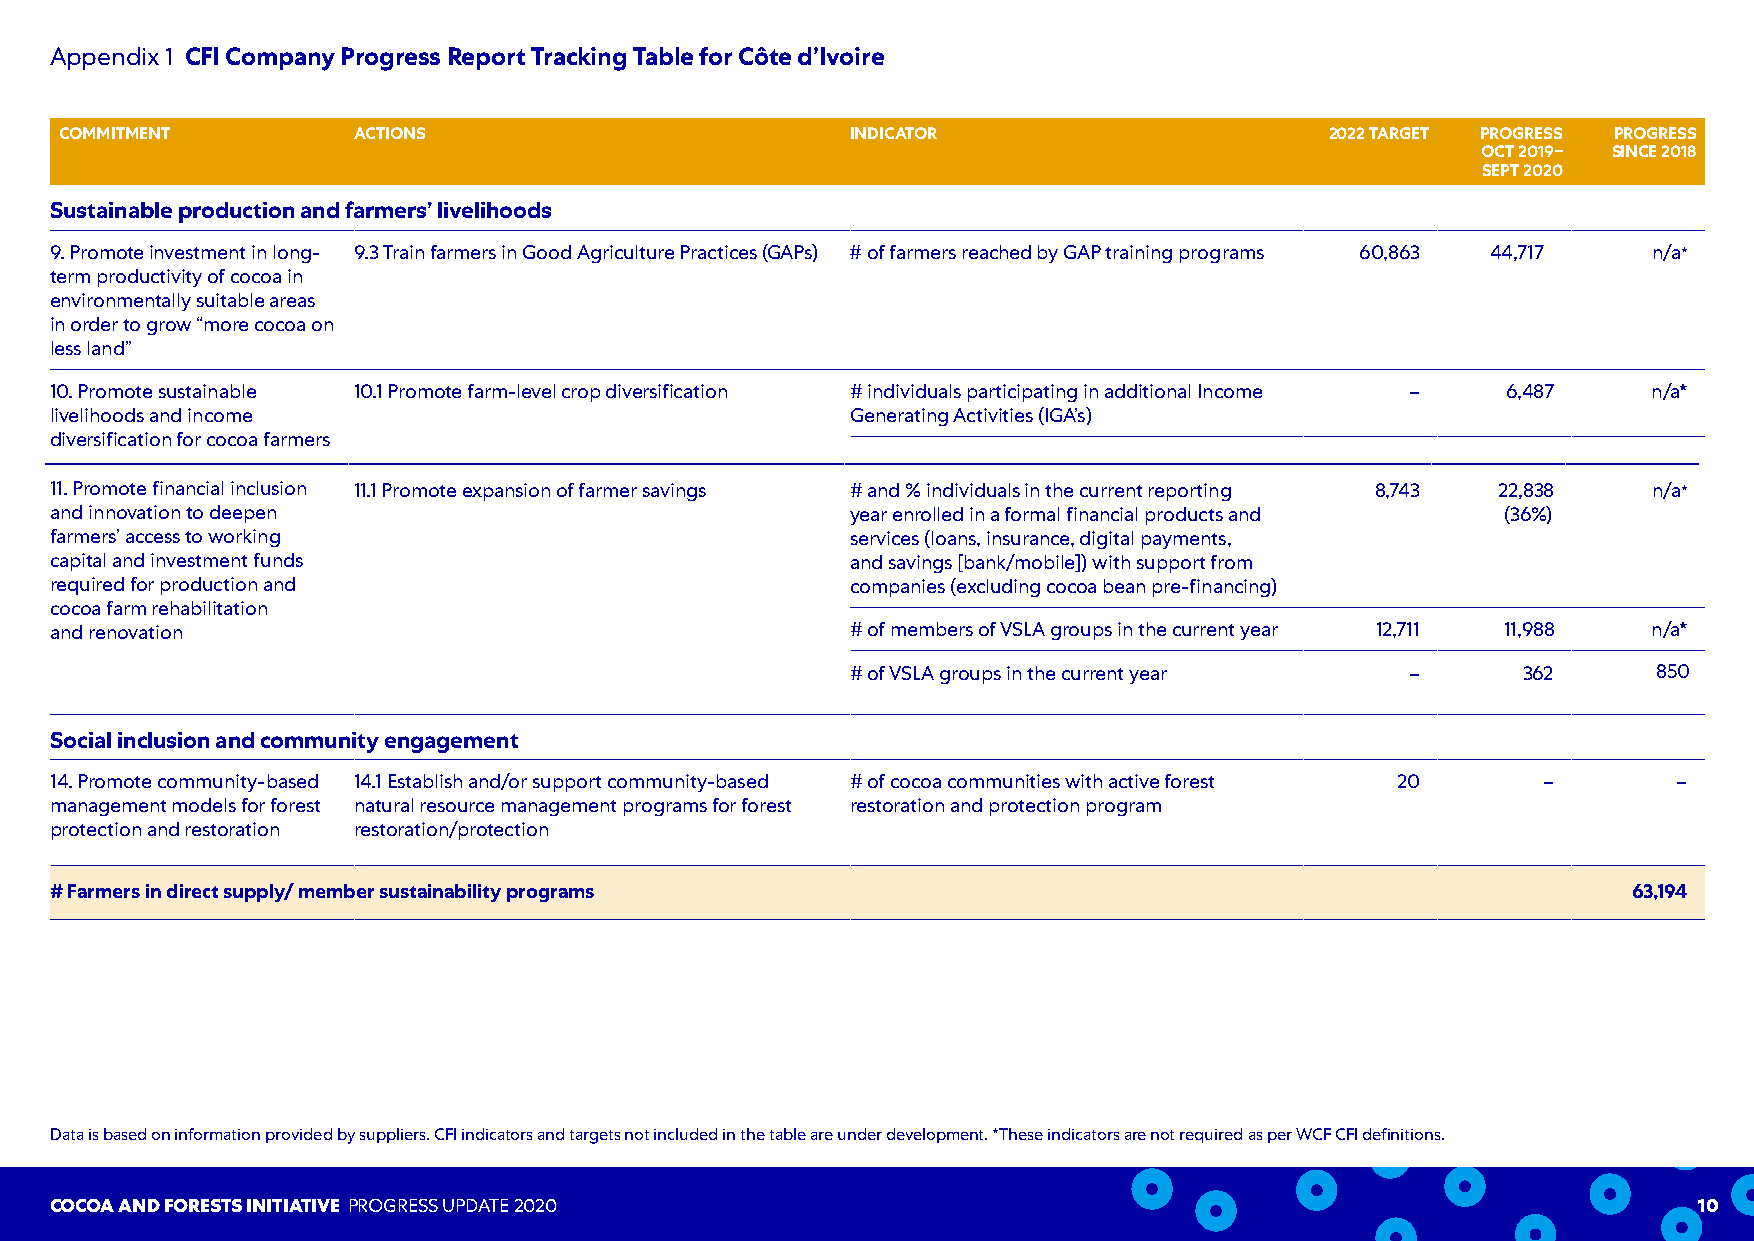
Appendix 1 CFI Company Progress Report Tracking Table for Côte d’Ivoire
 COMMITMENT         ACTIONS                          INDICATOR                       2022 TARGET PROGRESS PROGRESS
 OCT 2019– SINCE 2018
 SEPT 2020
 Sustainable production and farmers’ livelihoods
 9.Promote investment in long- 9.3 Train farmers in Good Agriculture Practices (GAPs) # of farmers reached by GAP training programs 60,863 44,717 n/a*
 term productivity of cocoa in
 environmentally suitable areas
 Patterinn order to grow “more cocoa on
 less land”
 10.Promote sustainable 10.1 Promote farm-level crop diversification # individuals participating in additional Income – 6,487 n/a*
 livelihoods and income                               Generating Activities (IGA’s)
 diversification for cocoa farmers
 11.Promote financial inclusion 11.1 Promote expansion of farmer savings # and % individuals in the current reporting 8,743 22,838 n/a*
 Inspired by the distinctive shapes,
 and innovation to deepen                             year enrolled in a formal financial products and (36%)
 quirks and chfaarrmacetrse’ ra cocfe ssso tmo ew oorfk ionugr
 services (loans, insurance, digital payments,
 most populacr appritoadl auncdt sin, vtehsetmsee nptl afuynfdusl and savings [bank/mobile]) with support from
 patterns brinrge qau firuend, f oern perrogdeutcitcio fne eanl d companies (excluding cocoa bean pre-financing)
 toourcommcuonciocaa ftaiormn sre.habilitation
 and renovation                                       # of members of VSLA groups in the current year 12,711 11,988 n/a*
 # of VSLA groups in the current year –       362      850
 Social inclusion and community engagement
 14.Promote community-based 14.1 Establish and/or support community-based # of cocoa communities with active forest 20 – –
 management models for forest natural resource management programs for forest restoration and protection program
 protection and restoration restoration/protection
 # Farmers in direct supply/ member sustainability programs                                               63,194
 Data is based on information provided by suppliers. CFI indicators and targets not included in the table are under development. *These indicators are not required as per WCF CFI definitions.
 COCOA AND FORESTS INITIATIVE PROGRESS UPDATE 2020                                                            10
 — 33